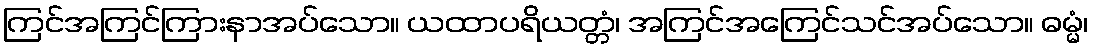
ကြင်အကြင်ကြားနာအပ်သော။ ယထာပရိယတ္တံ၊ အကြင်အကြေင်သင်အပ်သော။ ဓမ္မံ၊